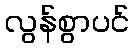
လွန်စွာပင်